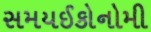
સમયઈકોનોમી